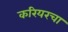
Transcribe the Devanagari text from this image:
करियरचा